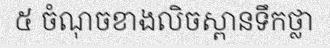
៥ ចំណុចខាងលិចស្ពានទឹកថ្លា